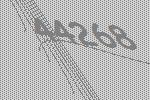
44268